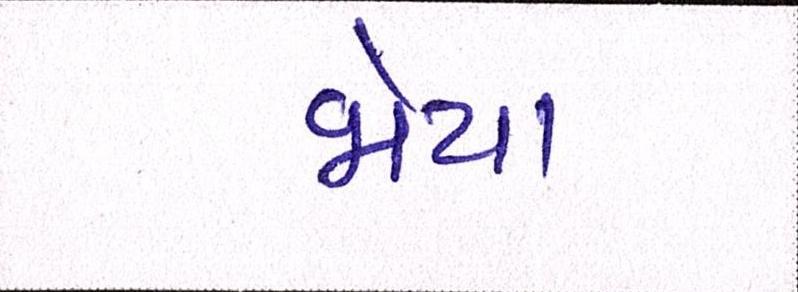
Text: જોયા